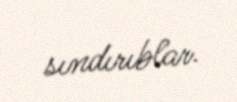
sındırıblar.